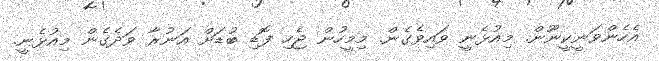
އެހެންވަނީކީނޫން. މިއުޅެނީ ވައިވެގެން. މިމީހުން ޖެހި ފޮޑި ބުޑަށް އަނުރާ ވަދެގެން މިއުޅެނީ.